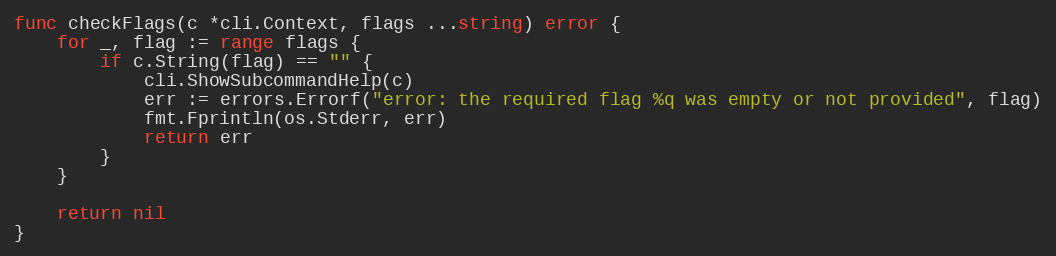
Language: Go
func checkFlags(c *cli.Context, flags ...string) error {
	for _, flag := range flags {
		if c.String(flag) == "" {
			cli.ShowSubcommandHelp(c)
			err := errors.Errorf("error: the required flag %q was empty or not provided", flag)
			fmt.Fprintln(os.Stderr, err)
			return err
		}
	}

	return nil
}